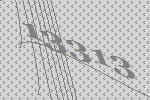
13313